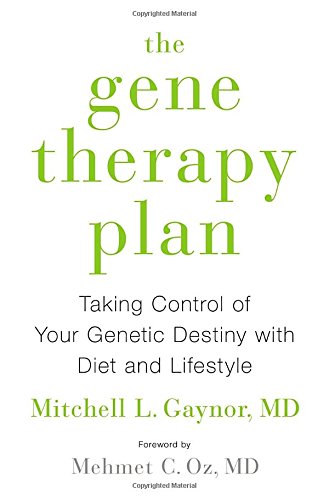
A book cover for The Gene Therapy Plan: Taking Control of Your Genetic Destiny with Diet and Lifestyle; Mitchell L. Gaynor MD; Health, Fitness & Dieting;